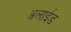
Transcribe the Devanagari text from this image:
अलाईड